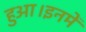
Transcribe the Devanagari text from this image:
हुआ।इनमें